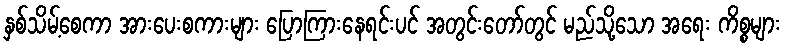
နှစ်သိမ့်စေကာ အားပေးစကားများ ပြောကြားနေရင်းပင် အတွင်းတော်တွင် မည်သို့သော အရေး ကိစ္စများ